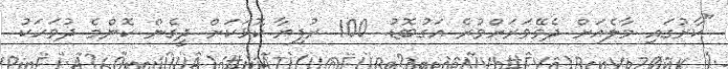
"ކާރުގައި މާލެއަށް ދެވޭވަރަށްވުރެ އަގުބޮޑު. 100 ރުފިޔާ ކޮޅަކަށް ދީގެން ކޮންމެ ދުވަހަކު